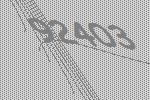
92403